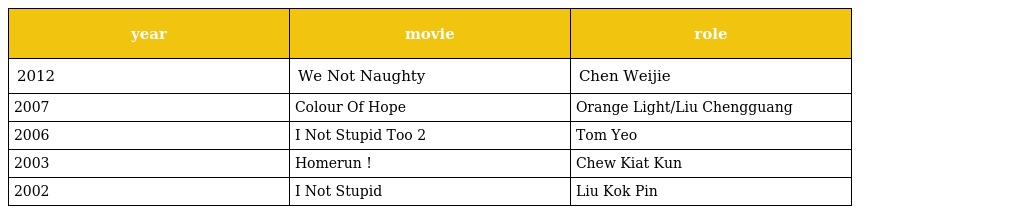
| year | movie | role |
 | --- | --- | --- |
 | 2012 | We Not Naughty 孩子不坏 | Chen Weijie |
 | 2007 | Colour Of Hope 再见阳光 | Orange Light/Liu Chengguang |
 | 2006 | I Not Stupid Too 小孩不笨2 | Tom Yeo 杨学谦 |
 | 2003 | Homerun 跑吧!孩子 | Chew Kiat Kun 周杰坤 |
 | 2002 | I Not Stupid 小孩不笨 | Liu Kok Pin 刘国彬 |